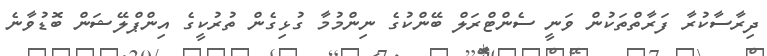
ދިރާސާކުރާ ފަރާތްތަކުން ވަނީ ސެންޓްރަލް ބޭންކުގެ ނިންމުމާ ގުޅިގެން ތުރުކީގެ އިންޕްލޭޝަން ބޮޑުވާނެ